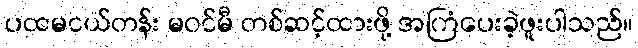
ပထမငယ်တန်း မဝင်မီ တစ်ဆင့်ထားဖို့ အကြံပေးခဲ့ဖူးပါသည်။